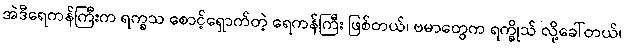
အဲဒီရေကန်ကြီးက ရက္ခသ စောင့်ရှောက်တဲ့ ရေကန်ကြီး ဖြစ်တယ်၊ ဗမာတွေက ရက္ခိုသ် လို့ခေါ်တယ်၊